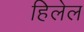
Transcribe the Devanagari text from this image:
हिलेल